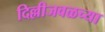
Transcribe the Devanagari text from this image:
दिल्लीजवळच्या